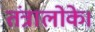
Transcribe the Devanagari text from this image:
तंत्रालोके।